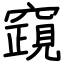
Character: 竀